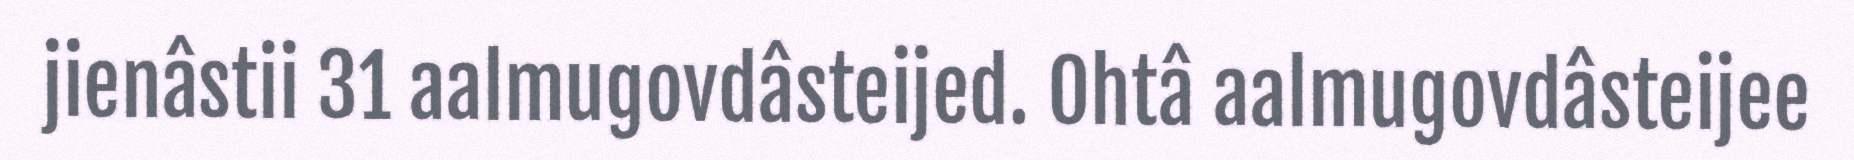
jienâstii 31 aalmugovdâsteijed. Ohtâ aalmugovdâsteijee